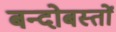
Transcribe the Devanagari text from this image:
बन्दोबस्तों